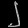
Digit: ၂